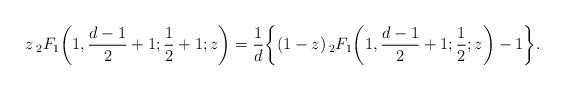
LaTeX: \begin{align*}z\, {}_2 F_1\bigg (1, \frac {d-1} {2}+1;\frac {1} {2}+1; z \bigg) = \frac {1}{d} \bigg\{ (1-z)\, {}_2 F_1\bigg (1, \frac {d-1} {2}+1;\frac {1} {2}; z \bigg) - 1 \bigg\}.\end{align*}